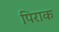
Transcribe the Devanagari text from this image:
पिराक